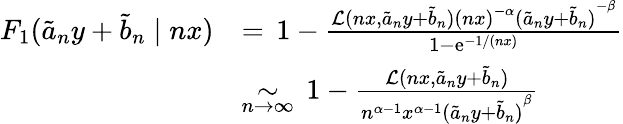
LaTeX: \begin{array}{rl}{F_{1}(\tilde{a}_{n}y+\tilde{b}_{n}\mid nx)}&{=\, 1-\frac{\mathcal{L}(nx,\tilde{a}_{n}y+\tilde{b}_{n}){(nx)}^{-\alpha}{(\tilde{a}_{n}y+\tilde{b}_{n})}^{-\beta}}{1-\textrm{e}^{-1/(nx)}}}\\ &{\underset{n\to\infty}\sim\, 1-\frac{\mathcal{L}(nx,\tilde{a}_{n}y+\tilde{b}_{n})}{n^{\alpha-1}x^{\alpha-1}{(\tilde{a}_{n}y+\tilde{b}_{n})}^{\beta}}}\end{array}